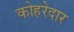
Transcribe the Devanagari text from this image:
कोहरेदार